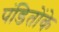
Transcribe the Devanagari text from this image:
पंडितोंके